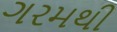
ગરમથી